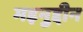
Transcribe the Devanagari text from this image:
मइनुद्दीन